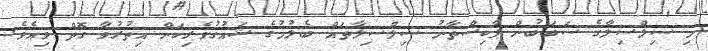
މި ސިލްސިލާގެ ސަބަބުން ޕާކިސްތާނު ސިލްސިލާތައް ބެލުމުގެ ޝައުގުވެރިކަން އިތުރުވާ ގޮތް ވިއެވެ.